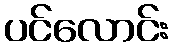
ပင်လောင်း